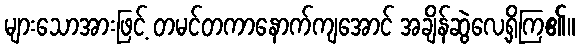
များသောအားဖြင့် တမင်တကာနောက်ကျအောင် အချိန်ဆွဲလေ့ရှိကြ၏။